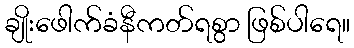
ချိုးဖေါက်ခံနီကတ်ရစွာ ဖြစ်ပါရေ။